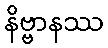
နိဗ္ဗာနဿ